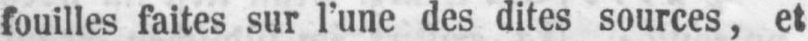
fouilles faites sur l’une des dites sources, et